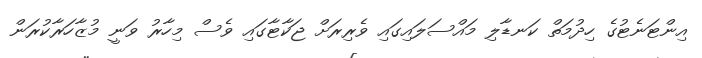
އިންޓަނެޓުގެ ހިދުމަތް ކަނޑާލި މައްސަލައިގައި ވެރިރަށް ޖަކާޓާގައި ވެސް މިހާރު ވަނީ މުޒާހަރާކުރަން